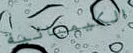
الكيميائية